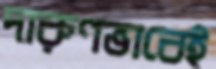
দারুণভাবেই